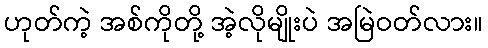
ဟုတ်ကဲ့ အစ်ကိုတို့ အဲ့လိုမျိုးပဲ အမြဲဝတ်လား။